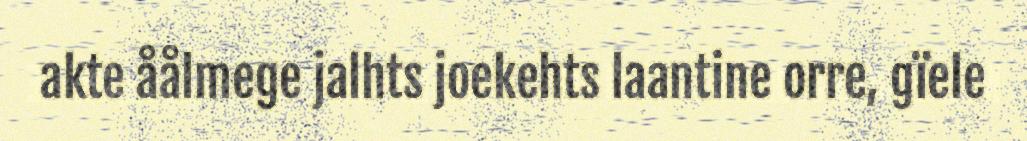
akte åålmege jalhts joekehts laantine orre, gïele